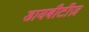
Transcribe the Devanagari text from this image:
डायबीटीज़